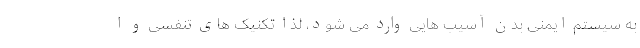
به سیستم ایمنی بدن آسیب هایی وارد می شود، لذا تکنیک های تنفسی و ا